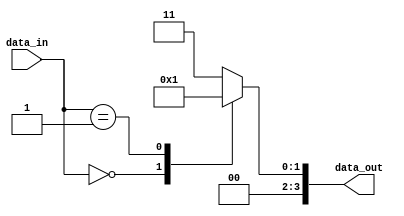
module Encoder(
    input [N-1:0] data_in,
    output [M-1:0] data_out
);

parameter N = 8; // Number of input bits
parameter M = 4; // Number of output bits

// Define encoding scheme
parameter [N-1:0] encoding_scheme = 8'b00000001; // Example encoding scheme

// Data processing block
reg [N-1:0] processed_data;
always @* begin
    processed_data = data_in; // Example processing block
end

// Mapping block
reg [M-1:0] mapped_data;
always @* begin
    case(processed_data)
        8'b00000000: mapped_data = 2'b00; // Example mapping rule
        8'b00000001: mapped_data = 2'b01;
        // Add more mapping rules here
        default: mapped_data = 2'b11; // Default mapping rule
    endcase
end

// Encoding block
always @* begin
    data_out = mapped_data; // Example encoding rule
end

endmodule